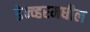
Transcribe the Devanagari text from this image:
डेन्व्हरमधील